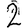
Digit: 2